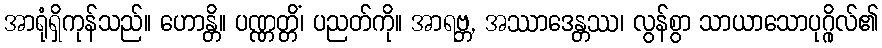
အာရုံရှိကုန်သည်။ ဟောန္တိ။ ပဏ္ဏတ္တိံ၊ ပညတ်ကို။ အာရဗ္ဘ, အဿာဒေန္တဿ၊ လွန်စွာ သာယာသောပုဂ္ဂိုလ်၏